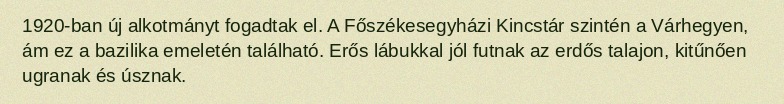
1920-ban új alkotmányt fogadtak el. A Főszékesegyházi Kincstár szintén a Várhegyen, ám ez a bazilika emeletén található. Erős lábukkal jól futnak az erdős talajon, kitűnően ugranak és úsznak.